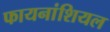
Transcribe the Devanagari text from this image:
फायनांशियल